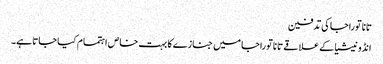
تانا توراجا کی تدفین
انڈونیشیا کے علاقے تانا توراجا میں جنازے کا بہت خاص اہتمام کیا جاتا ہے۔